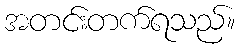
အတင်းတက်ရသည်။